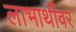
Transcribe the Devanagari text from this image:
लाभार्थीवर